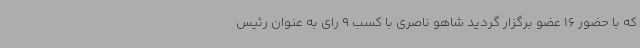
که با حضور 16 عضو برگزار گردید شاهو ناصری با کسب 9 رای به عنوان رئیس